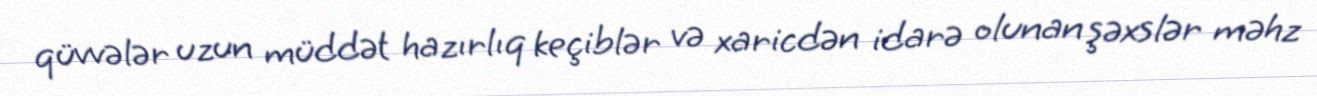
qüvvələr uzun müddət hazırlıq keçiblər və xaricdən idarə olunan şəxslər məhz